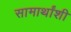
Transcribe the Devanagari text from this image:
सामार्थांशी